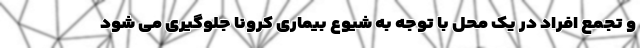
و تجمع افراد در یک محل با توجه به شیوع بیماری کرونا جلوگیری می شود